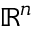
\mathbb { R } ^ { n }